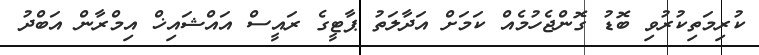
ކުރިމަތިކުރުވި ބޮޑު ގޮންޖެހުމެއް ކަމަށް އަދާލަތު ޕާޓީގެ ރައީސް އައްޝައިޚް އިމްރާން އަބްދު